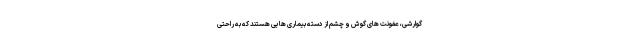
گوارشی، عفونت های گوش و چشم از دسته بیماری هایی هستند که به راحتی